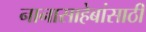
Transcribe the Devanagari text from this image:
नानासाहेबांसाठी